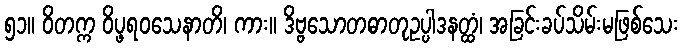
၅၁။ ဝိတက္က ဝိပ္ဖရဝသေနာတိ၊ ကား။ ဒိဗ္ဗသောတဓာတုဥပ္ပါဒနတ္ထံ၊ အခြင်းခပ်သိမ်းမဖြစ်သေး